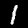
Label: 1